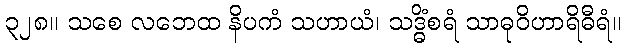
၃၂၈။ သစေ လဘေထ နိပကံ သဟာယံ၊ သဒ္ဓိံစရံ သာဓုဝိဟာရိဓီရံ။